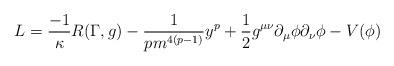
LaTeX: \begin{align*}L = \frac{-1}{\kappa} R(\Gamma, g) -\frac{1}{pm^{4(p-1)}}y^{p} + \frac{1}{2} g^{\mu\nu} \partial_{\mu} \phi \partial_{\nu} \phi - V(\phi)\end{align*}